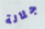
جلالة